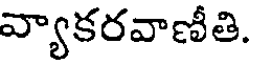
వ్యాకరవాణీతి.